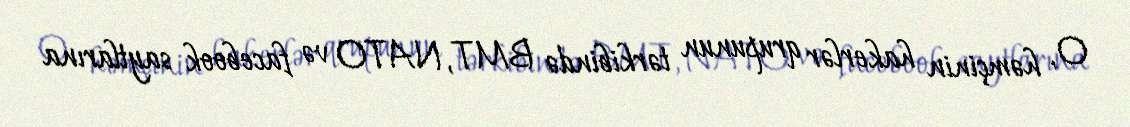
O, həmçinin hakerlər qrupunun tərkibində BMT, NATO və facebook saytlarına